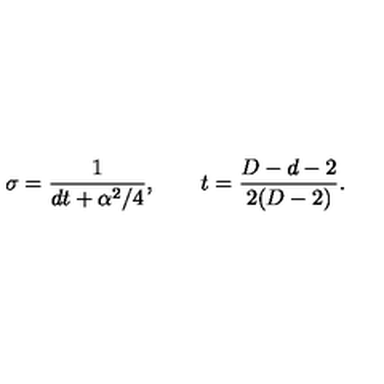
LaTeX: \sigma = \frac { 1 } { d t + \alpha ^ { 2 } / 4 } , \qquad t = \frac { D - d - 2 } { 2 ( D - 2 ) } .